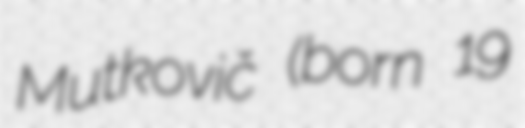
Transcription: Mutkovič (born 19